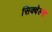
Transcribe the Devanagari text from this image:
सिक्वेल्स